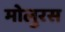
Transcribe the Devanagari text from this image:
मोलुरस